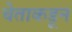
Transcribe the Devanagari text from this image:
चेताकडून